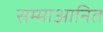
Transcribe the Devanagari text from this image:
सम्माआनित